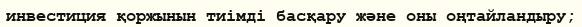
инвестиция қоржынын тиімді басқару және оны оңтайландыру;